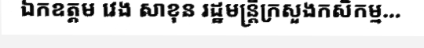
ឯកឧត្តម វេង សាខុន រដ្ឋមន្ត្រីក្រសួងកសិកម្ម...